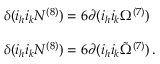
\begin{array} { r c l } { { } } & { { } } & { { \delta ( i _ { h } i _ { k } N ^ { ( 8 ) } ) = 6 \partial ( i _ { h } i _ { k } \Omega ^ { ( 7 ) } ) } } \\ { { } } & { { } } & { { } } \\ { { } } & { { } } & { { \delta ( i _ { h } i _ { k } { \cal N } ^ { ( 8 ) } ) = 6 \partial ( i _ { h } i _ { k } { \tilde { \Omega } } ^ { ( 7 ) } ) \, . } } \end{array}